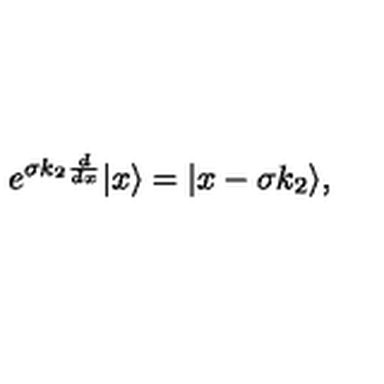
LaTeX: e ^ { \sigma k _ { 2 } { \frac { d } { d x } } } | x \rangle = | x - \sigma k _ { 2 } \rangle ,